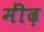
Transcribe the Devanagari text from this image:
मींढ़